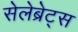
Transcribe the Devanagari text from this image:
सेलेब्रेट्स